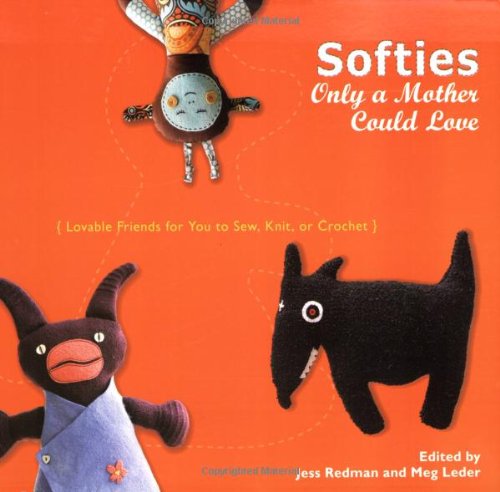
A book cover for Softies Only a Mother Could Love: Lovable Friends for You to Sew, Knit, or Crochet; Crafts, Hobbies & Home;